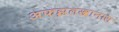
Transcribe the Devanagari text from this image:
अफझलखानास